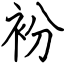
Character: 衯